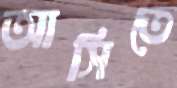
আসিতে